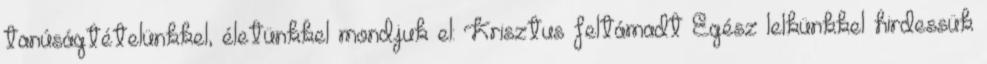
tanúságtételünkkel, életünkkel mondjuk el: Krisztus feltámadt Egész lelkünkkel hirdessük